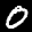
Label: 0